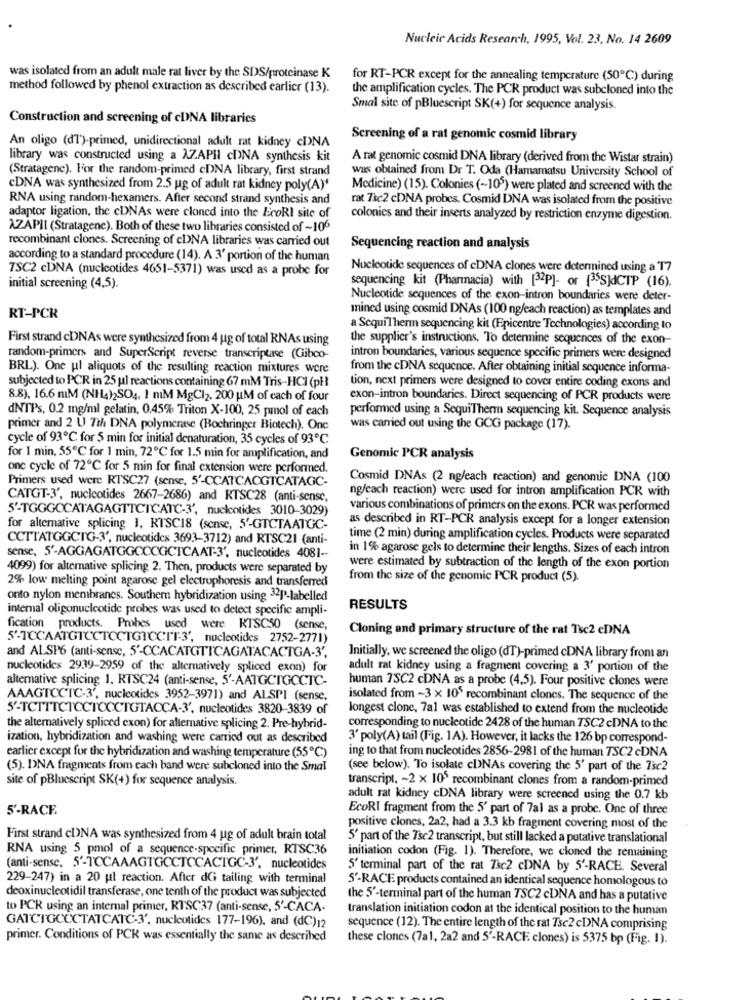
Nucleic Acids Research, 1995, Vol. 23, No. 14 2609
was isolated from an adult male rat liver by the SDS/proteinase K
for RT-PCR except for the annealing temperature (50℃) during
method followed by phenol extraction as described earlier (13).
the amplification cycles. The PCR product was subcloned into the
Smal site of pBluescript SK(+) for sequence analysis.
Construction and screening of cDNA libraries
Screening of a rat genomic cosmid library
An oligo (dT')-primed, unidirectional adult rat kidney cDNA
library was constructed using a XZ.APHI cDNA synthesis kit
A rat genomic cosmid DNA library (derived from the Wistar strain)
(Stratagene). For the random-primed cDNA library, first strand
was obtained from Dr T. Oda (Hamamatsu University School of
CDNA was synthesized from 2.5 ug of adult rat kidney poly(A)'
Medicine) (15). Colonies (~109) were plated and screened with the
RNA using random-hexamers. After second strand synthesis and
rat Tsc2 cDNA probes. Cosmid DNA was isolated from the positive
adaptor ligation, the cDNAs were cloned into the EcoRI site of
colonies and their inserts analyzed by restriction enzyme digestion.
AZAPII (Stratagene). Both of these two libraries consisted of -106
recombinant clones. Screening of cDNA libraries was carried out
Sequencing reaction and analysis
according to a standard procedure (14). A 3' portion of the human
TSC2 cDNA (nucleotides 4651-5371) was used as a probe for
Nucleotide sequences of cDNA clones were determined using a T7
sequencing kit (Pharmacia) with [32P]- or [35S]dCTP (16).
initial screening (4,5).
Nucleotide sequences of the exon-intron boundaries were deter-
RT-PCR
mined using cosmid DNAs (100 ng/each reaction) as templates and
a SequiTherm sequencing kit (Epicentre Technologies) according to
First strand cDNAs were synthesized from 4 ug of total RNAs using
the supplier's instructions. To determine sequences of the exon-
random-primers and SuperScript reverse transcriptase (Gibco-
intron boundaries, various sequence specific primers were designed
BRL). One ul aliquots of the resulting reaction mixtures were
from the cDNA sequence. After obtaining initial sequence informa-
tion, next primers were designed to cover entire coding exons and
subjected to PCR in 25 ul reactions containing 67 mM Tris-HCI (pH
8.8), 16.6 mM (NH4)2SO4, 1 mM MgCl2. 200 UM of cach of four
exon-intron boundaries. Direct sequencing of PCR products were
dNTPs, 0.2 mg/ml gelatin, 0.45% Triton X-100, 25 pmol of each
performed using a SequiTherm sequencing kit. Sequence analysis
primer and 2 U 7th DNA polymerase (Bochringer Biotech). One
was carried out using the GCG package (17).
cycle of 93℃ for 5 min for initial denaturation, 35 cycles of 93℃
for 1 min, 55℃ for 1 min, 72℃ for 1.5 min for amplification, and
Genomic PCR analysis
one cycle of 72℃ for 5 min for final extension were performed.
Primers used were RTSC27 (sense, S'-CCATCAOGTCATAGC-
Cosmid DNAs (2 ng/each reaction) and genomic DNA (100
ng/cach reaction) were used for intron amplification PCR with
CATGT-3', nucleotides 2667-2686) and RTSC28 (anti-sense,
5'-TGGGCCATAGAGTTCTCATC-3', nucleotides 3010-3029)
various combinations of primers on the exons. PCR was performed
as described in RT-PCR analysis except for a longer extension
for alternative splicing 1, KTSC18 (sense, S'-GTCTAATGC-
CCTTATGGCTG-3', nucleotides 3693-3712) and RTSC21 (anti-
time (2 min) during amplification cycles. Products were separated
in 1% agarose gels to determine their lengths. Sizes of each intron
sense, 5'-AGGAGATGGOCCGCTCAAT-3', nucleotides 4081 --
4099) for alternative splicing 2. Then, products were separated by
were estimated by subtraction of the length of the exon portion
from the size of the genomic PCR product (5).
2% low melting point agarose gel electrophoresis and transferred
onto nylon membranes. Southern hybridization using 32P-labelled
internal oligonucleotide probes was used to detect specific ampli-
RESULTS
fication products. Probes used were RISC50 (sense,
Cloning and primary structure of the rat Tsc2 cDNA
5'-TCCAATGTCCTCCTGTCCIT-3', nucleotides 2752-2771)
and ALSP6 (anti-sense, 5'-CCACATGTTCAGATACACTGA-3',
Initially, we screened the oligo (dT)-primed cDNA library from an
nucleotides 2939-2959 of the alternatively spliced exon) for
adult rat kidney using a fragment covering a 3' portion of the
alternative splicing 1, RTSC24 (anti-sense, 5'-AATGCTGCCTC-
human 7SC2 cDNA as a probe (4,5). Four positive clones were
AAAGTCCTC-3', nucleotides 3952-3971) and ALSPI (sense,
isolated from ~3 x 10 recombinant clones. The sequence of the
5'-TCTTTCTCCTCCCTGTACCA-3', nucleotides 3820-3839 of
longest clone, 7al was established to extend from the nucleotide
the alternatively spliced exon) for alternative splicing 2. Pre-hybrid-
corresponding to nucleotide 2428 of the human TSC2 cDNA to the
ization, hybridization and washing were carried out as described
3' poly(A) tail (Fig. 1A). However, it lacks the 126 bp correspond-
ing to that from nucleotides 2856-2981 of the human TSC2 cDNA
earlier except for the hybridization and washing temperature (55℃)
(5). DNA fragments from cach band were subcloned into the Smal
(see below). To isolate cDNAs covering the 5' part of the Tic2
site of pBluescript SK(+) for sequence analysis.
transcript, - 2 x 105 recombinant clones from a random-primed
adult rat kidney cDNA library were screened using the 0.7 kb
5'-RACE.
EcoRI fragment from the 5' part of 7al as a probe. One of three
positive clones, 2a2, had a 3.3 kb fragment covering most of the
First strand cDNA was synthesized from 4 ug of adult brain total
5' part of the Tsc2 transcript, but still lacked a putative translational
RNA using 5 pmol of a sequence-specific primer, RTSC36
initiation codon (Fig. 1). Therefore, we cloned the remaining
(anti-sense, 5'-TCCAAAGTGCCTCCACTGC-3', nucleotides
5' terminal part of the rat Tsc2 cDNA by 5'-RACE. Several
229-247) in a 20 ul reaction. After dG tailing with terminal
5'-RACE products contained an identical sequence homologous to
deoxinucleotidil transferase, one tenth of the product was subjected
the 5'-terminal part of the human TSC2 cDNA and has a putative
to PCR using an internal primer, RISC37 (anti-sense, 5'-CACA.
translation initiation codon at the identical position to the human
GATCTGCCCTATCATC-3', nucleotides 177-196), and (dC)12
sequence (12). The entire length of the rat Tsc2 cDNA comprising
primer. Conditions of PCK was essentially the same as described
these clones (7a1, 2a2 and 5'-RACE clones) is 5375 bp (Fig. 1).